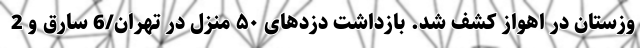
وزستان در اهواز کشف شد. بازداشت دزدهای ۵۰ منزل در تهران/6 سارق و 2